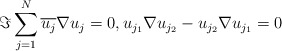
\begin{align*}\Im \sum_{j=1}^N\overline{u_j}\nabla u_j = 0, u_{j_1} \nabla u_{j_2} - u_{j_2} \nabla u_{j_1} = 0\end{align*}